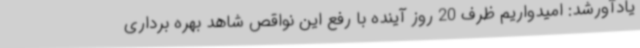
یادآورشد: امیدواریم ظرف 20 روز آینده با رفع این نواقص شاهد بهره برداری